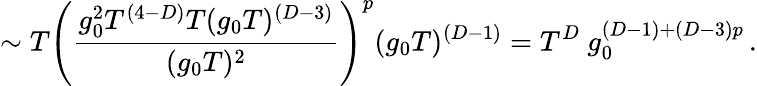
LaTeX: \sim T\left({\frac{g_{0}^{2}T^{(4-D)}T(g_{0}T)^{(D-3)}}{(g_{0}T)^{2}}}\right)^{p}(g_{0}T)^{(D-1)}=T^{D}\ g_{0}^{(D-1)+(D-3)p}\, .